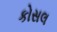
કોસલ